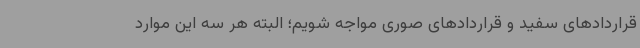
قراردادهای سفید و قراردادهای صوری مواجه شویم؛ البته هر سه این موارد